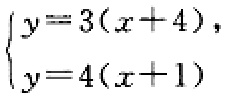
$\begin{cases}y = 3(x + 4),\\y = 4(x + 1)\end{cases}$